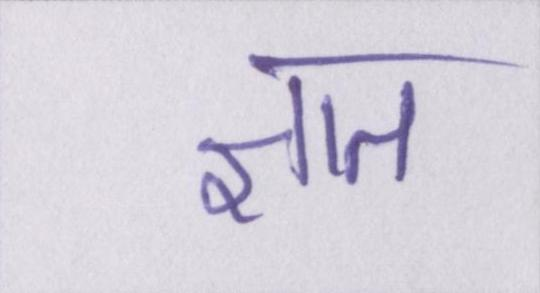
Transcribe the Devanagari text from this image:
ज्ञात